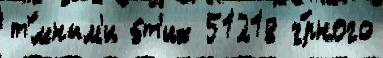
т'́мным'и э́т'их 51218 ч́рного